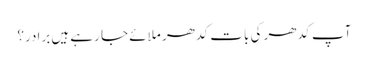
آپ کدھر کی بات کدھر ملائے جا رہے ہیں برادر؟